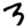
Digit: 3